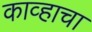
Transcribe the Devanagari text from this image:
काव्हाचा